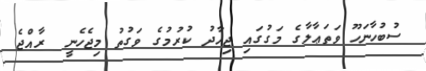
ސުބުހާނަހޫ ވަތަޢާލާގެ މަގުގައި ޖިހާދު ކުރުމުގެ ވަގުތު މިޖެހެނީ  ރާއްޖެ